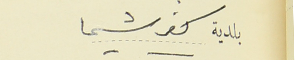
بلدية كفرشيما